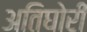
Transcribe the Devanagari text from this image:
अतिघोरी